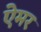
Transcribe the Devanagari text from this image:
ऐमर